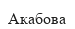
Акабова